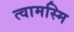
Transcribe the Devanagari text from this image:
त्वामस्मि